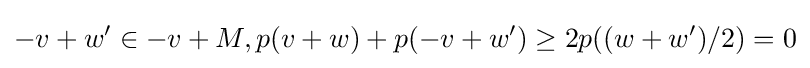
-v+w'\in -v+M,p(v+w)+p(-v+w')\geq 2p((w+w')/2)=0